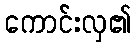
ကောင်းလှ၏